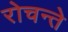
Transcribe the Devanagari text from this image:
रोचन्ते